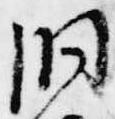
洞